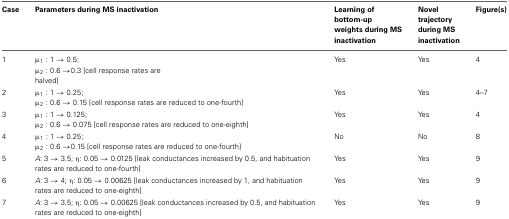
| Case | Parameters during MS inactivation | Learning of bottom-up weights during MS inactivation | Novel trajectory during MS inactivation | Figure(s) |
 | --- | --- | --- | --- | --- |
 | 1 | μ1: 1 → 0.5; | Yes | Yes | 4 |
 |  | μ2: 0.6 → 0.3 [cell response rates are halved] |  |  |  |
 | 2 | μ1: 1 → 0.25; | Yes | Yes | 4–7 |
 |  | μ2: 0.6 → 0.15 [cell response rates are reduced to one-fourth] |  |  |  |
 | 3 | μ1: 1 → 0.125; | Yes | Yes | 4 |
 |  | μ2: 0.6 → 0.075 [cell response rates are reduced to one-eighth] |  |  |  |
 | 4 | μ1: 1 → 0.25; | No | No | 8 |
 |  | μ2: 0.6 → 0.15 [cell response rates are reduced to one-fourth] |  |  |  |
 | 5 | A: 3 → 3.5; η: 0.05 → 0.0125 [leak conductances increased by 0.5, and habituation rates are reduced to one-fourth] | Yes | Yes | 9 |
 | 6 | A: 3 → 4; η: 0.05 → 0.00625 [leak conductances increased by 1, and habituation rates are reduced to one-eighth] | Yes | Yes | 9 |
 | 7 | A: 3 → 3.5; η: 0.05 → 0.00625 [leak conductances increased by 0.5, and habituation rates are reduced to one-eighth] | Yes | Yes | 9 |